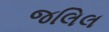
જલિલ